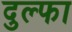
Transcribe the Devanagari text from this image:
दुल्‍फा